Bréfritari: Gunnlaugur Oddsson
Dagsetning: A-1877-01-22
Skrifað á: Akureyri  Eyf.

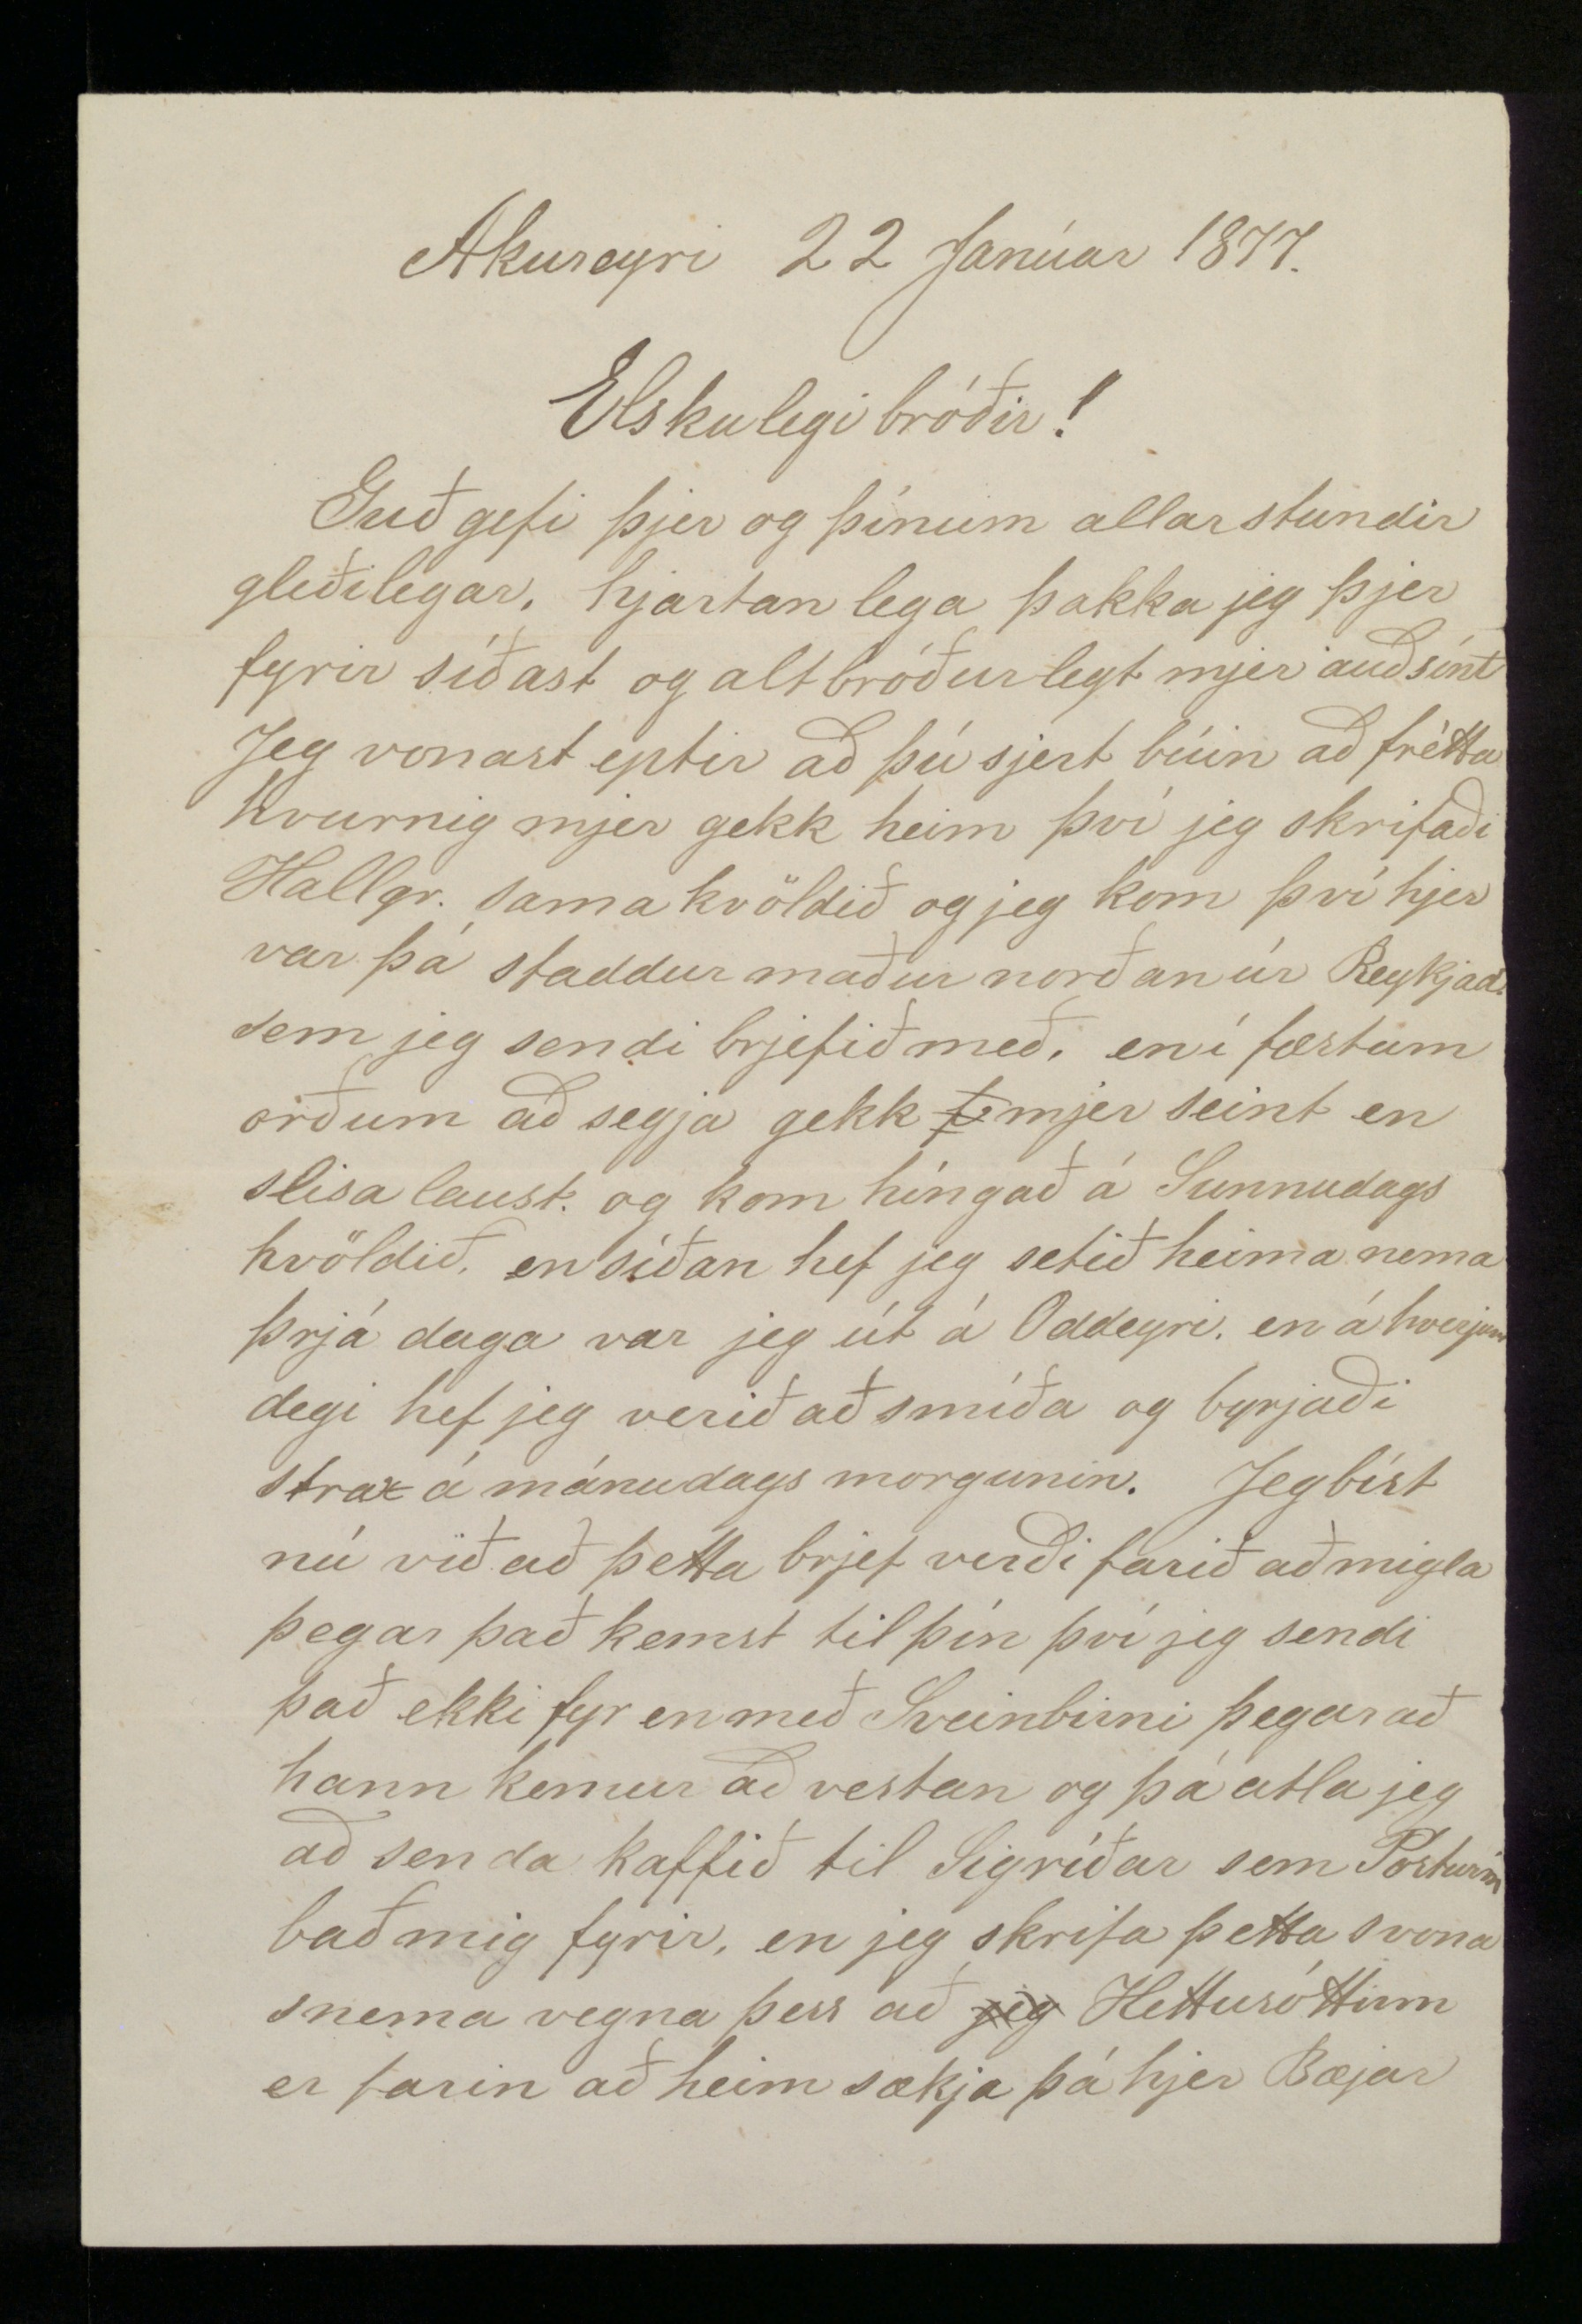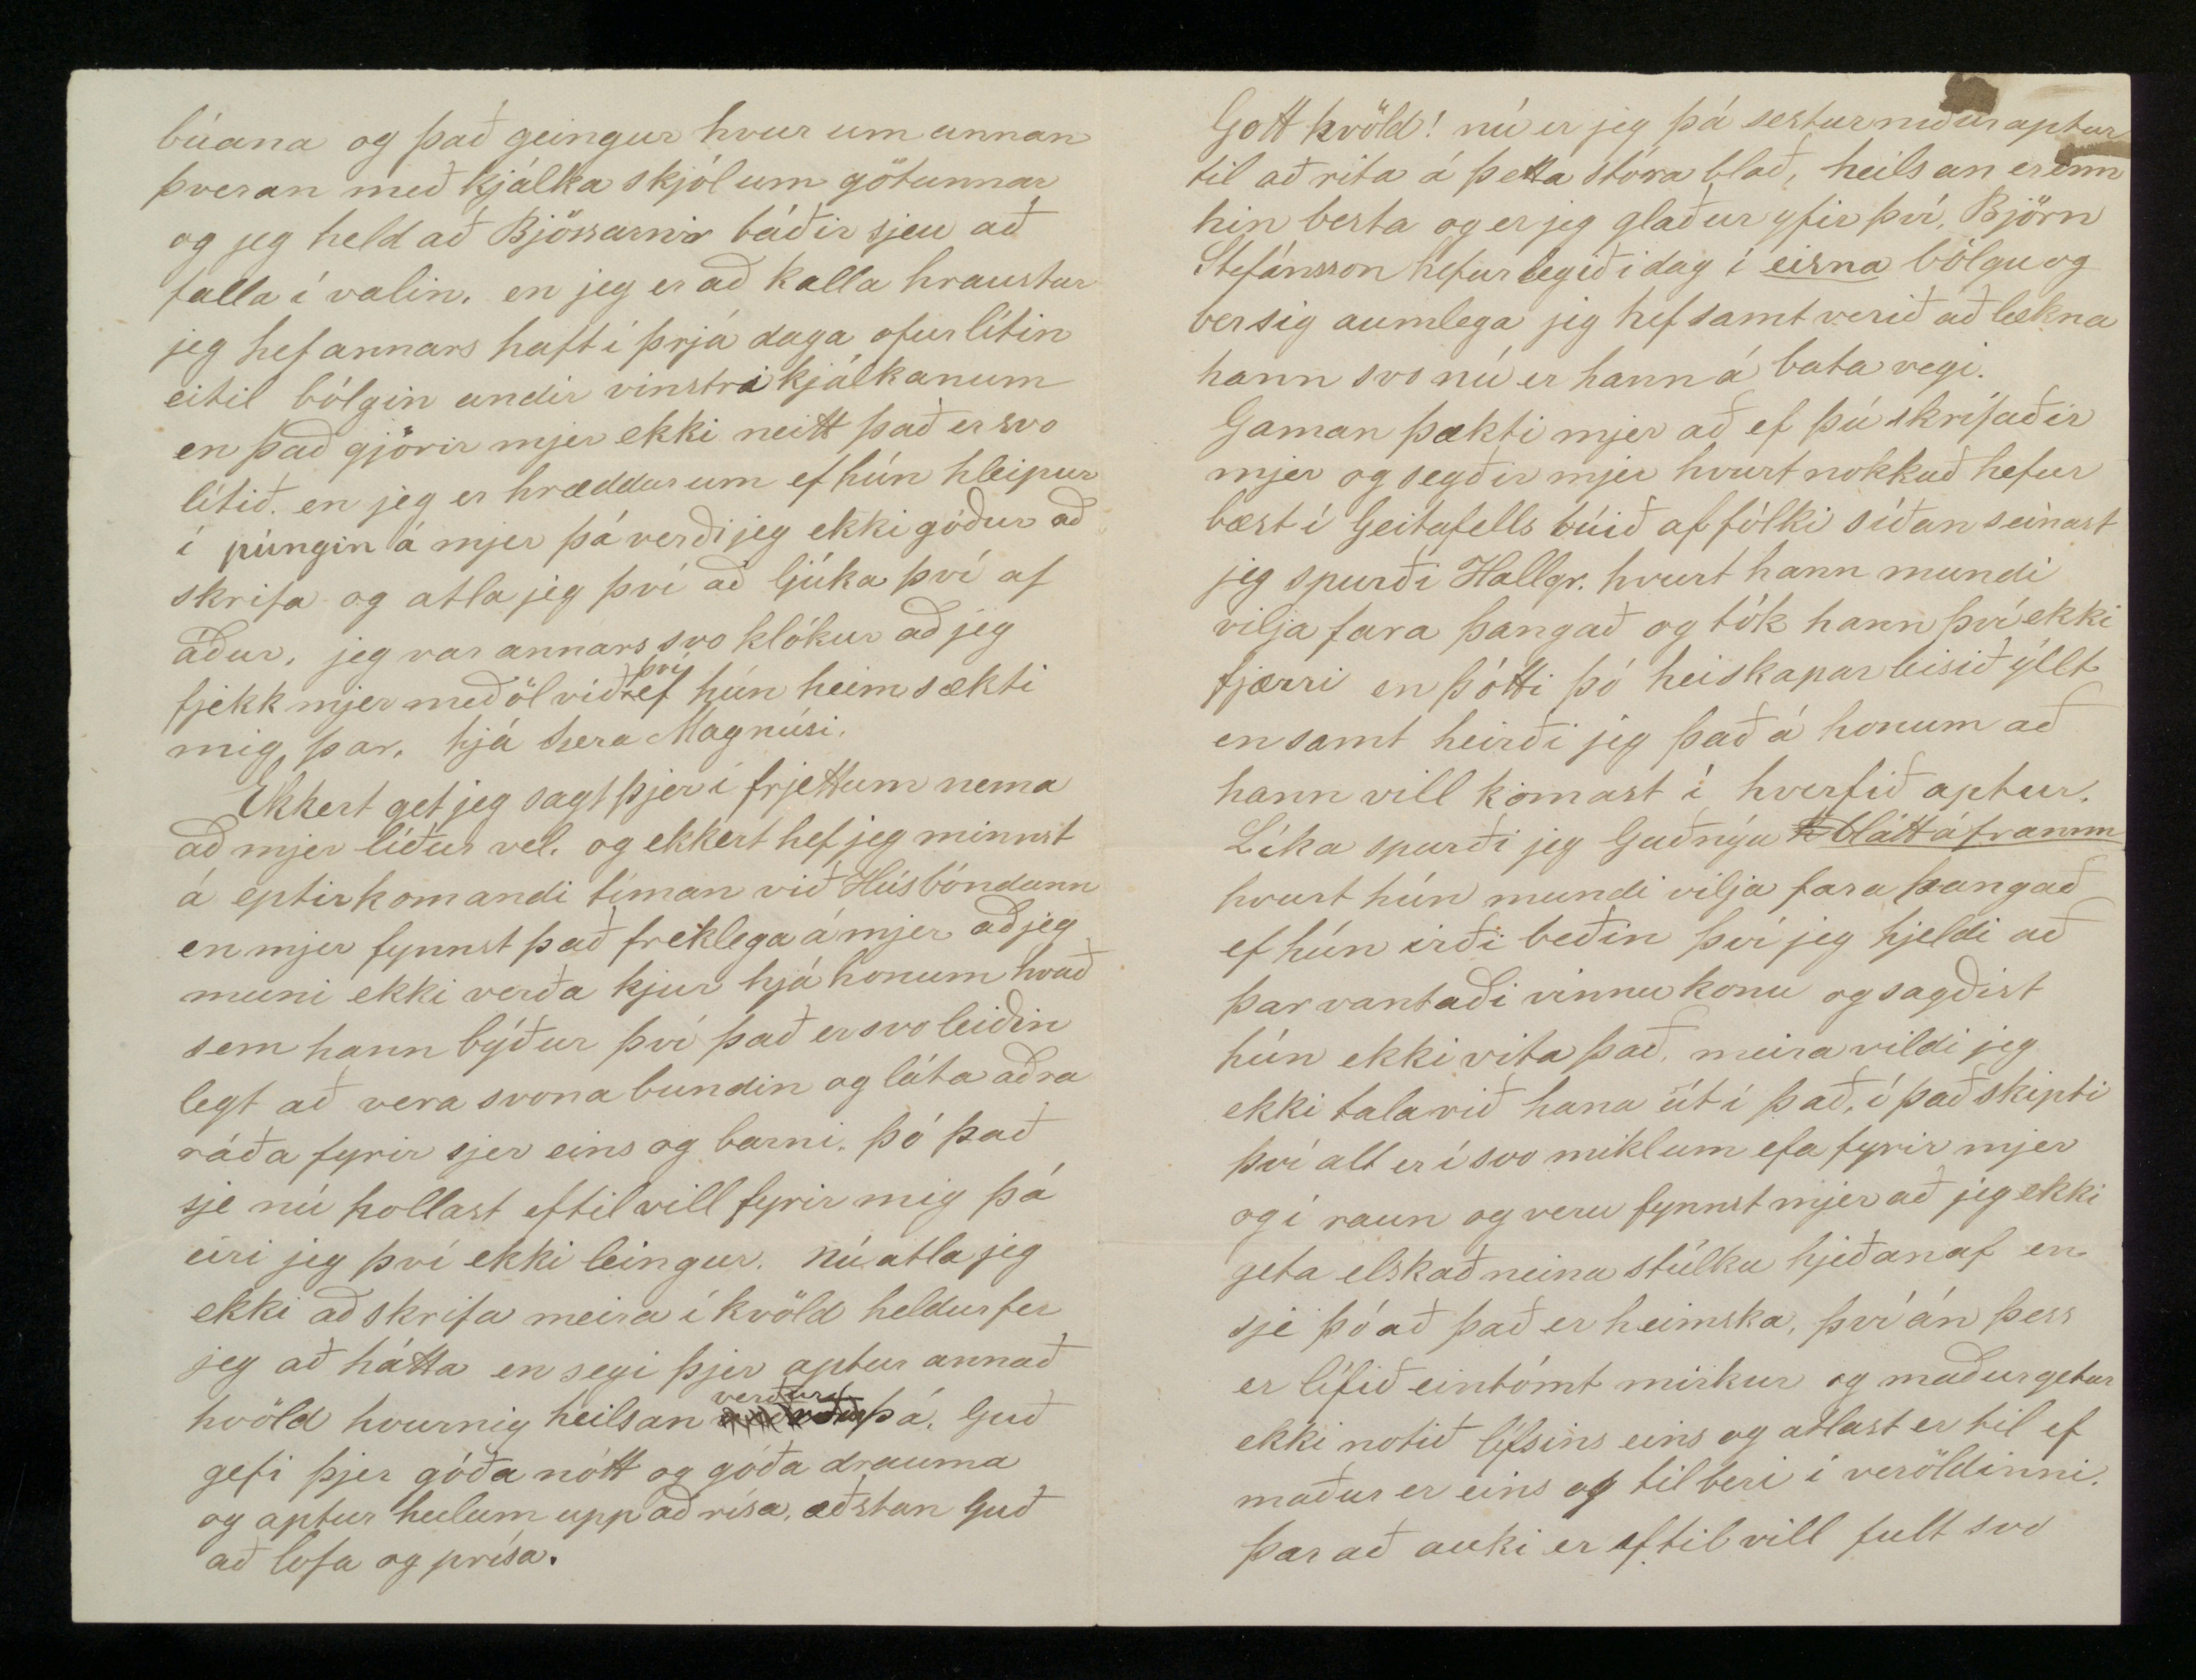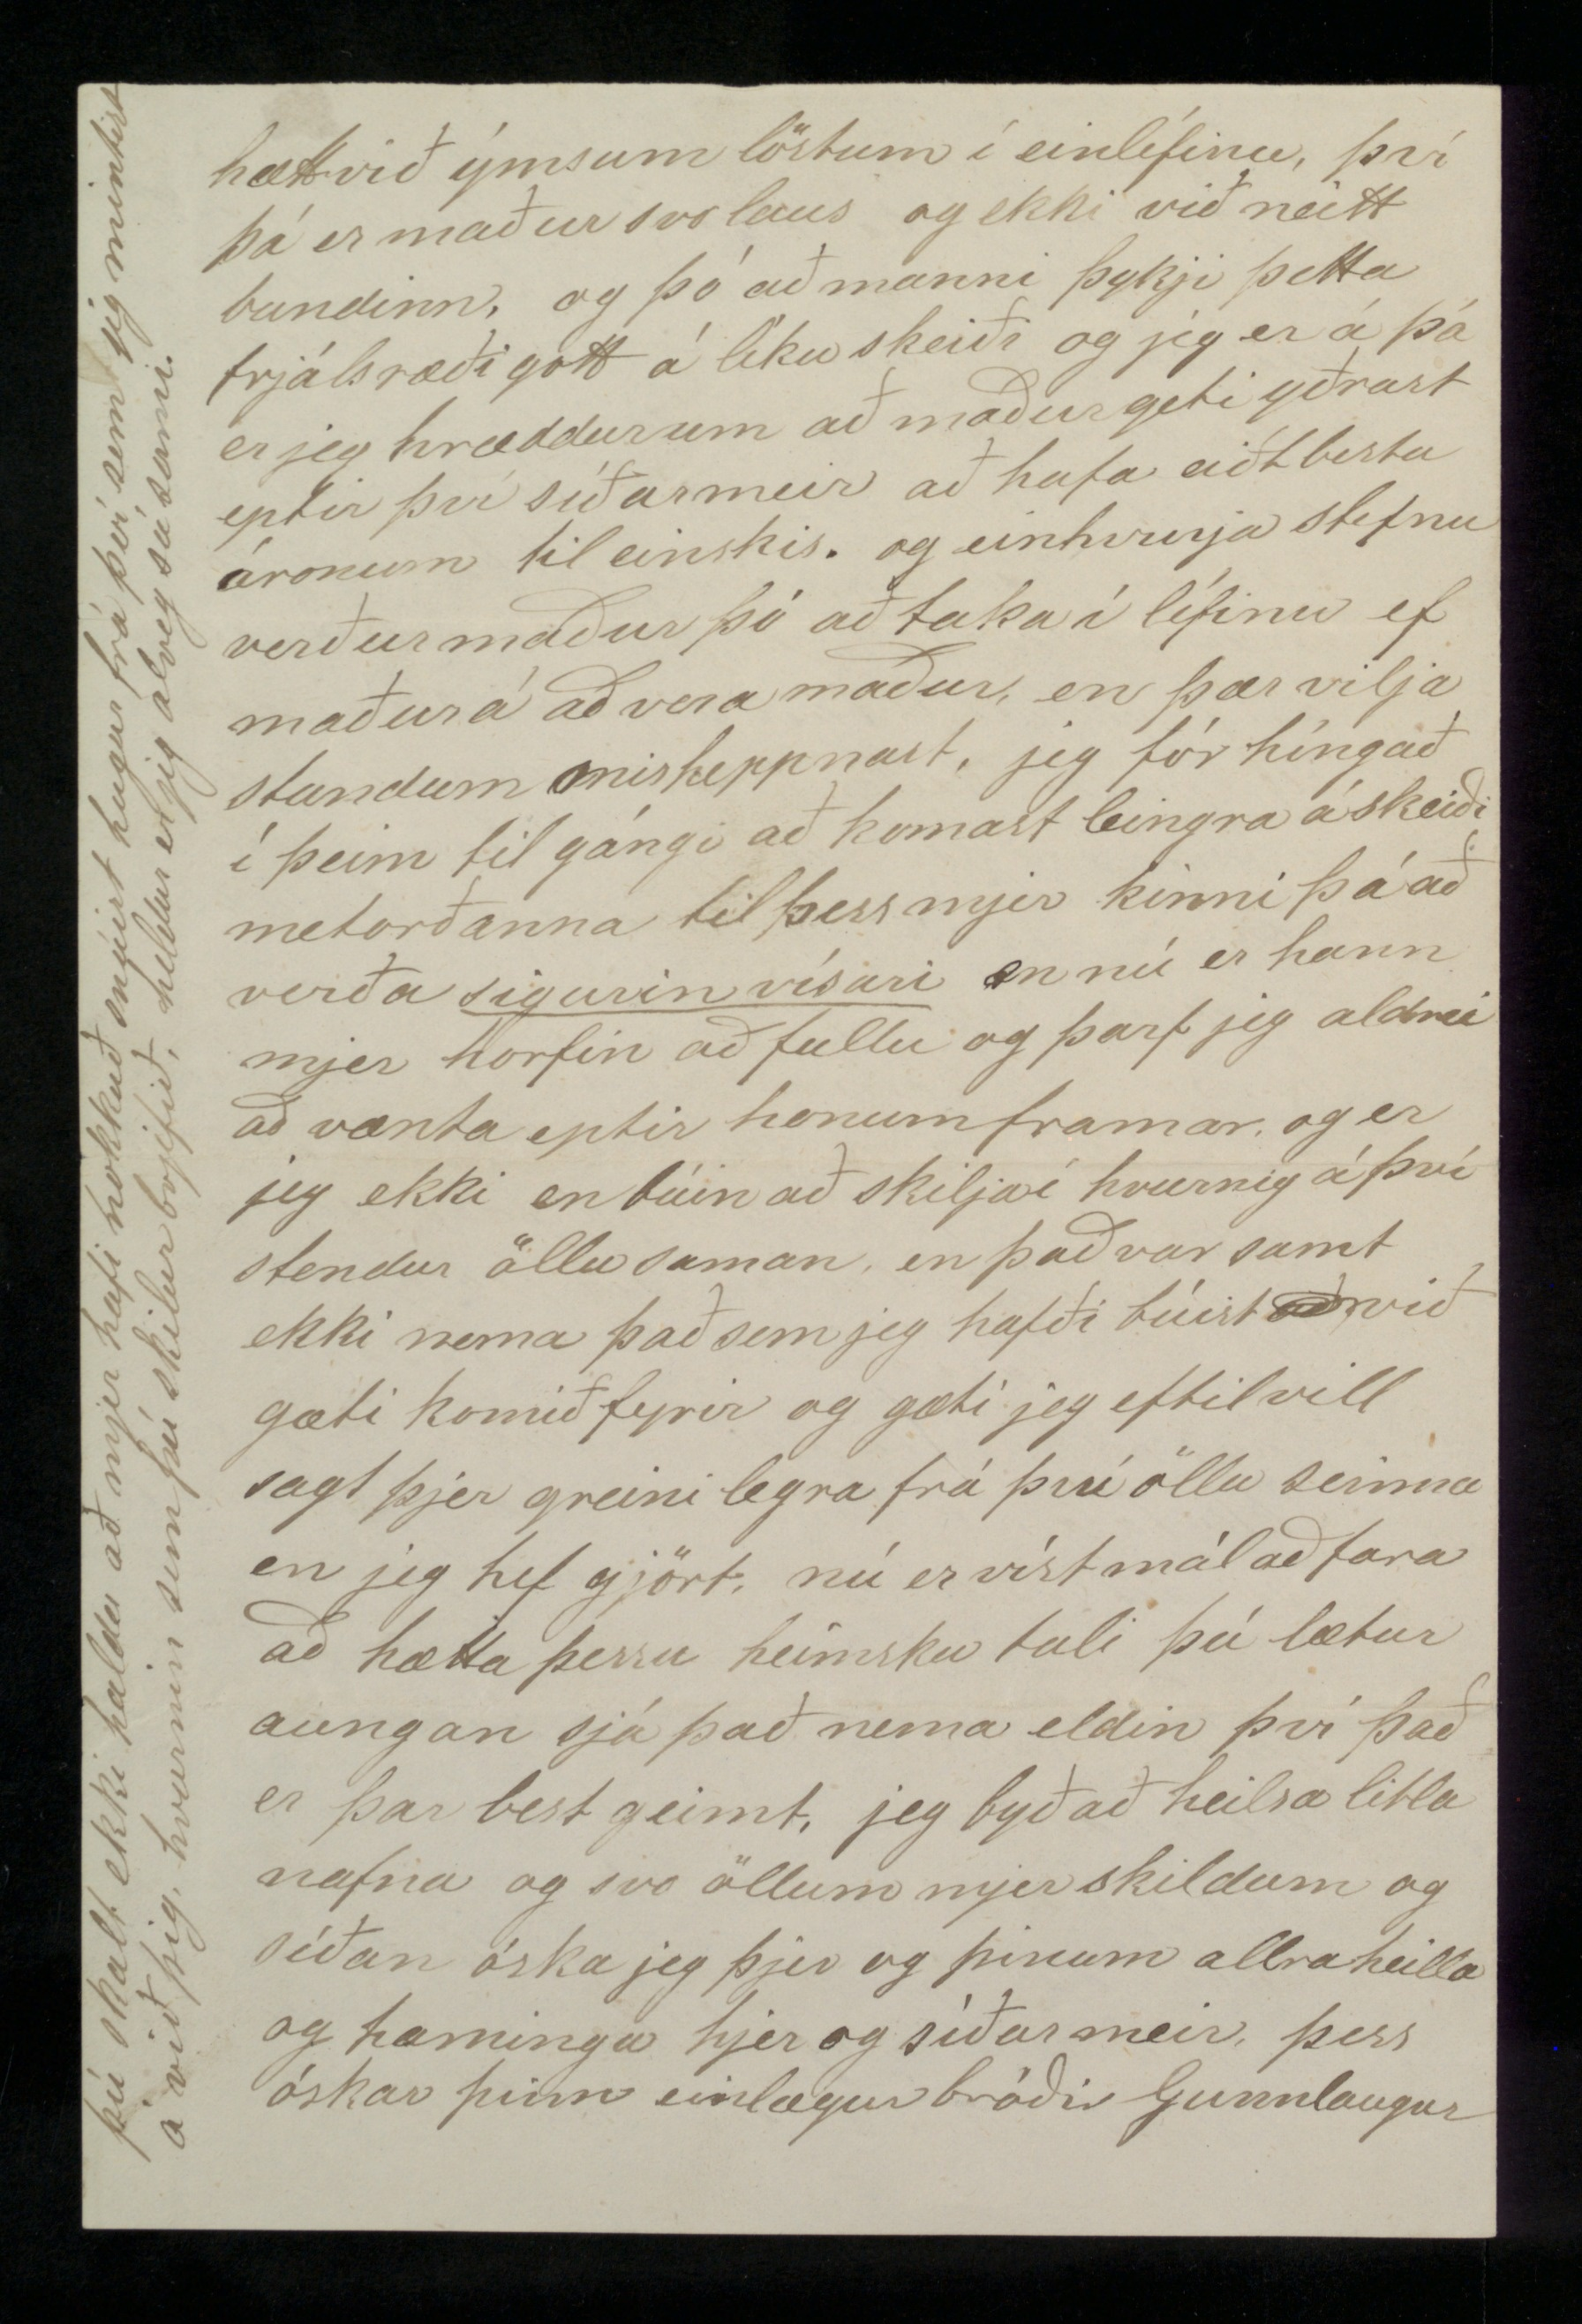

Akureyri 22 Janúar 1877
Elskulegi bróðir!
Guð gefi þjer og þínum allar stundir gleðilegar, hjartanlega þakka jeg þjer fyrir síðast og alt bróðurlegt mjer auðsínt Jeg vonast eptir að þú sjert búin að frétta hvurnig mjer gekk heim því jeg skrifaði Hallgr. sama kvöldið og jeg kom því hjer var þá staddur maður norðan úr Reykjad. sem jeg sendi brjefið með, en í fæstum orðum að segja gekk
0
mjer seint en slisalaust og kom híngað á Sunnudags kvöldið en síðan hef jeg setið heima nema þrjá daga var jeg út á Oddeyri en á hverjum degi hef jeg verið að smíða og byrjaði strax á mánudags mogunin. Jeg bíst nú við að þetta brjef verði farið að migla þegar það kemst til þín því jeg sendi það ekki fyr en með Sveinbirni þegar að hann kemur að vestan og þá atla jeg að senda kaffið til Sigríðar sem
Pósturinn
bað mig fyrir, en jeg skrifa þetta svona snema vegna þess að
jeg
Hettusóttinn er farin að heimsækja þá hjer Bæjar
búana og það geingur hvur um annan þveran með kjálka skjólum götunnar og jeg held að Bjössarnir báðir sjeu að falla í valin, en jeg er að kalla hraustur jeg hef annars haft í þrjá daga ofur lítin eitil bólgin undir vinstri kjálkanum en það gjörir mjer ekki neitt það er svo lítið en jeg er hræddur um ef hún hleipur í púngin á mjer þá verði jeg ekki góður að skrifa og atla jeg því að ljúka því af áður, jeg var annars svo klókur að jeg fjekk mjer meðöl við
því
ef hún heimsækti mig þar, hjá sjera Magnúsi.
Ekkert get jeg sagt þjer í frjettum nema að mjer líður vel, og ekkert hef jeg minnst á eptirkomandi tíman við Húsbóndann en mjer fynnst það freklega á mjer að jeg muni ekki verða kjur hjá honum hvað sem hann býður því það er svo leiðin legt að vera svona bundin og láta aðra ráða fyrir sjer eins og barni þó það sje nú hollast eftil vill fyrir mig þá eiri jeg því ekki leingur. nú atla jeg ekki að skrifa meira í kvöld heldur fer jeg að hátta en segi þjer aptur annað kvöld hvurnig heilsan
veðrður
verður
þá Guð gefi þjer góða nótt og góða drauma og aptur heilum upp að rísa, æðstan Guð að lofa og prísa.
Gott kvöld! nú er jeg þá sestur niður aptur til að rita á þetta stóra blað, heilsan er enn hin besta og er jeg glaður yfir því Björn Stefánsson hefur legið í dag í
eisna
bólgu og ber sig aumlega jeg hef samt verið að lækna hann svo nú er hann á batavegi.
Gaman þækti mjer að ef þú skrifaðir mjer og segðir mjer hvurt nokkuð hefur bæst í Geitafells búið af fólki síðan seinast jeg spurði Hallgr. hvurt hann mundi vilja fara þangað og tók hann því ekki fjærri en þótti þó heiskapar leisið ýllt en samt heirði jeg það á honum að hann vill komast í hverfið aptur. Líka spurði jeg Guðnýu
0
blátt áframm hvurt hún mundi vilja fara þangað ef hún irði beðin því jeg hjeldi að þar vantaði vinnu konu og sagðist hún ekki vita það. meira vildi jeg ekki tala við hana út í það í það skipti því alt er í svo miklum efa fyrir mjer og í raun og veru fynnst mjer að jeg ekki geta elskað neina stúlku hjeðanaf en sje þó að það er heimska, því án þess er lífið eintómt mirkur og maður getur ekki notið lífsins eins og ætlast er til ef maður er eins og til beri í veröldinni. þar að auki er ef til vill fult svo
hætt við ýmsum löstum í einlífinu því þá er maður svo laus og ekki við neitt bundinn, og þó að manni þykji þetta frjálsræði gott á líku skeiði og jeg er á þá er jeg hræddur um að maður geti yðrast eptir því síðarmeir að hafa eidt bestu áronum til einskis. og einhverja stefnu verður maður þó að taka í lífinu ef maður á að vera maður en þær vilja stundum misheppnast, jeg fór híngað í þeim til gángi að komast leingra á skeiði metorðanna til þess mjer kinni þá að verða
sigurin vísari
en nú er hann mjer horfin að fullu og þarf jeg aldrei að vænta eptir honum framar, og er jeg ekki en búin að skilja í hvurnig á því stendur öllu saman en það var samt ekki nema það sem jeg hafði búist
00
við gæti komið fyrir og gæti jeg eftil vill sagt þjer greinilegra frá því öllu seinna en jeg hef gjört, nú er víst mál að fara að hætta þessu heimsku tali þú lætur aungan sjá það nema eldin því það er þar best geimt, jeg byð að heilsa litla nafna og svo öllum mjer skildum og síðan óska jeg þjer og þínum allra heilla og hamingu hjer og síðar meir, þess óskar þinn einlægur bróðir Gunnlaugur
þú skalt ekki halda að mjer hafi nokkuð snúist hugur frá því sem jeg mintist á við þig, hvurnin sem þú skilur brjefið, heldur er jeg alveg sá sami.